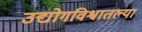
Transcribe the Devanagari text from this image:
उद्योगविश्वातल्या